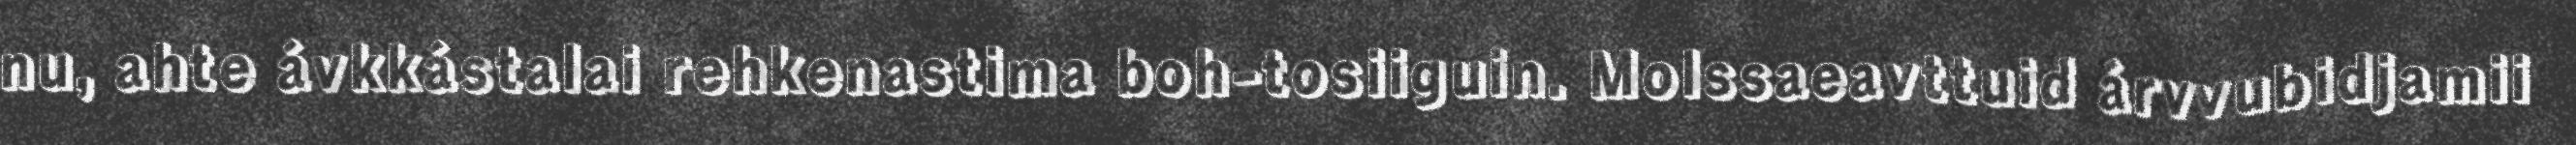
nu, ahte ávkkástalai rehkenastima boh-tosiiguin. Molssaeavttuid árvvubidjamii